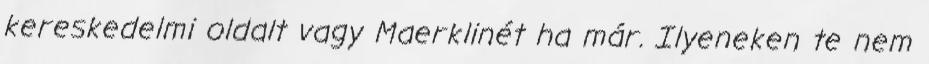
kereskedelmi oldalt vagy Maerklinét ha már. Ilyeneken te nem